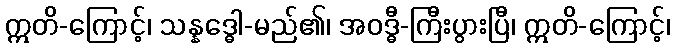
ဣတိ-ကြောင့်၊ သန္နဒ္ဓေါ-မည်၏၊ အဝဒ္ဓီ-ကြီးပွားပြီ၊ ဣတိ-ကြောင့်၊